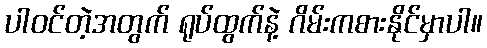
ပါဝင်တဲ့အတွက် ရုပ်ထွက်နဲ့ ဂိမ်းကစားနိုင်မှာပါ။